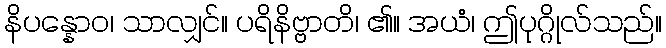
နိပန္နောဝ၊ သာလျှင်။ ပရိနိဗ္ဗာတိ၊ ၏။ အယံ၊ ဤပုဂ္ဂိုလ်သည်။